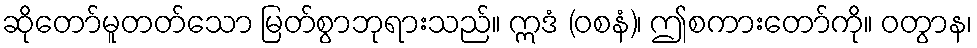
ဆိုတော်မူတတ်သော မြတ်စွာဘုရားသည်။ ဣဒံ (ဝစနံ)၊ ဤစကားတော်ကို။ ဝတွာန၊